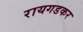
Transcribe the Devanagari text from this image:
रायगडकर